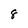
Character: 8